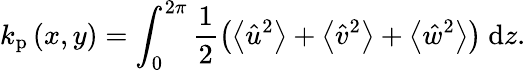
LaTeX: k_{\mathrm{p}}\left(x,y\right)=\int_{0}^{2\pi}\frac{1}{2}\left(\left\langle\hat{u}^{2}\right\rangle+\left\langle\hat{v}^{2}\right\rangle+\left\langle\hat{w}^{2}\right\rangle\right)\mathrm{~d}z.